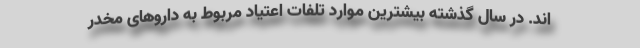
اند. در سال گذشته بیشترین موارد تلفات اعتیاد مربوط به داروهای مخدر